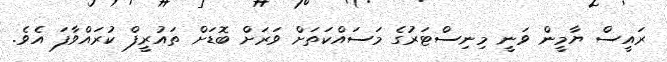
ރައީސް ޔާމީން ވަނީ މިނިސްޓަރުގެ މަސައްކަތަށް ވަރަށް ބޮޑަށް ތައުރީފް ކުރައްވާފަ އެވެ.